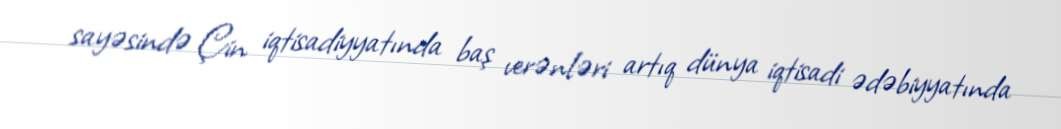
sayəsində Çin iqtisadiyyatında baş verənləri artıq dünya iqtisadi ədəbiyyatında